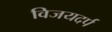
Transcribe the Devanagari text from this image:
विजयदर्प